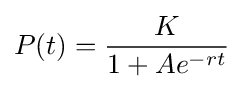
P(t)={\frac {K}{1+Ae^{-rt}}}